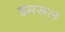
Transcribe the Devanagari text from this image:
इमरूल